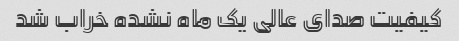
کیفیت صدای عالی یک ماه نشده خراب شد